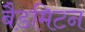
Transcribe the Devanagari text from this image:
बैडमिटन